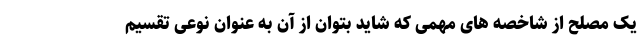
یک مصلح از شاخصه های مهمی که شاید بتوان از آن به عنوان نوعی تقسیم